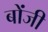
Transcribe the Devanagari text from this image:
बोंजी